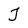
Character: J